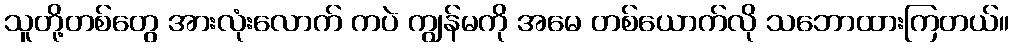
သူတို့တစ်တွေ အားလုံးလောက် ကပဲ ကျွန်မကို အမေ တစ်ယောက်လို သဘောထားကြတယ်။